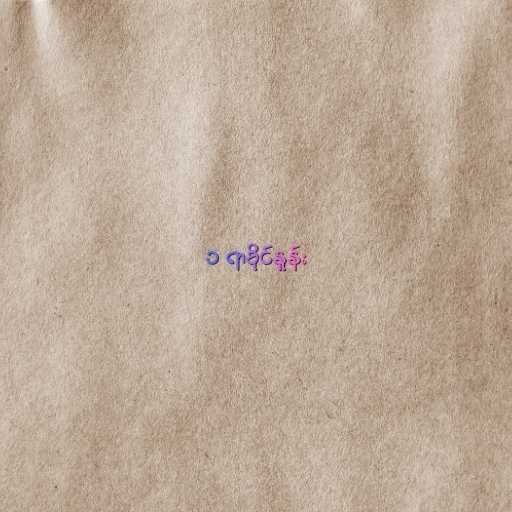
၁ ရာခိုင်နှုန်း